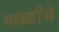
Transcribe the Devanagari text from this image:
मावशींचे